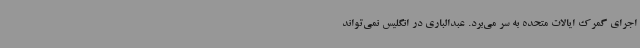
اجرای گمرک ایالات متحده به سر می‌برد. عبدالباری در انگلیس نمی‌تواند